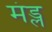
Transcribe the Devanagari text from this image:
मंड्ल